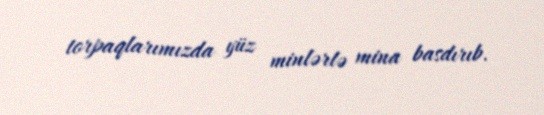
torpaqlarımızda yüz minlərlə mina basdırıb.